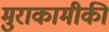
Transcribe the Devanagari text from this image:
मुराकामीकी